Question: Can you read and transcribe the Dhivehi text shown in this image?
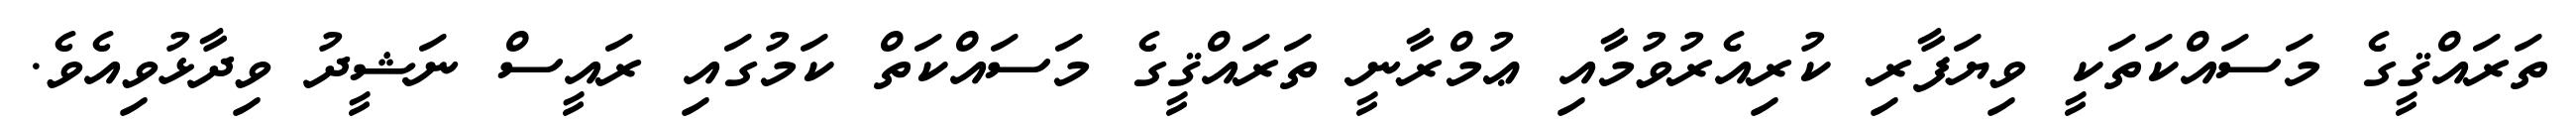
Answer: ތަރައްޤީގެ މަސައްކަތަކީ ވިޔަފާރި ކުރިއެރުވުމާއި ޢުމްރާނީ ތަރައްޤީގެ މަސައްކަތް ކަމުގައި ރައީސް ނަޝީދު ވިދާޅުވިއެވެ.